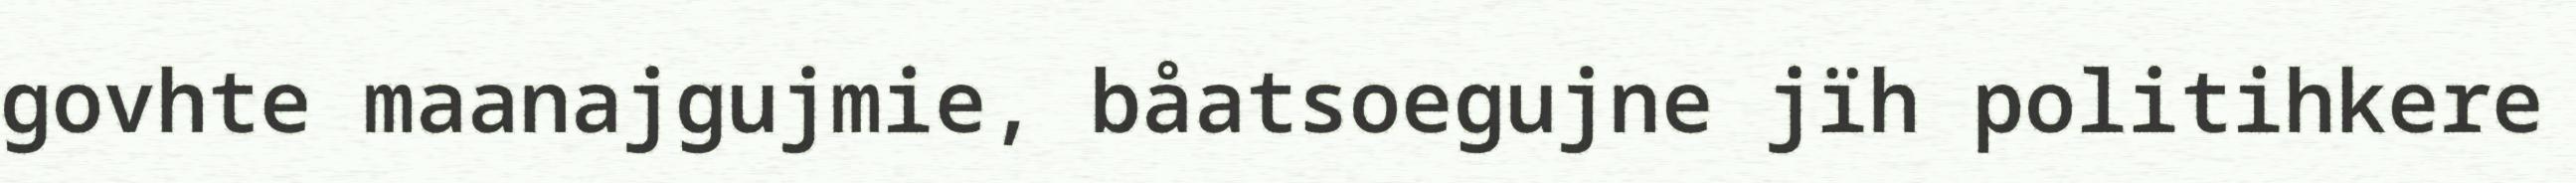
govhte maanajgujmie, båatsoegujne jïh politihkere